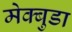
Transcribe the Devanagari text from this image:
मेक्बुडा